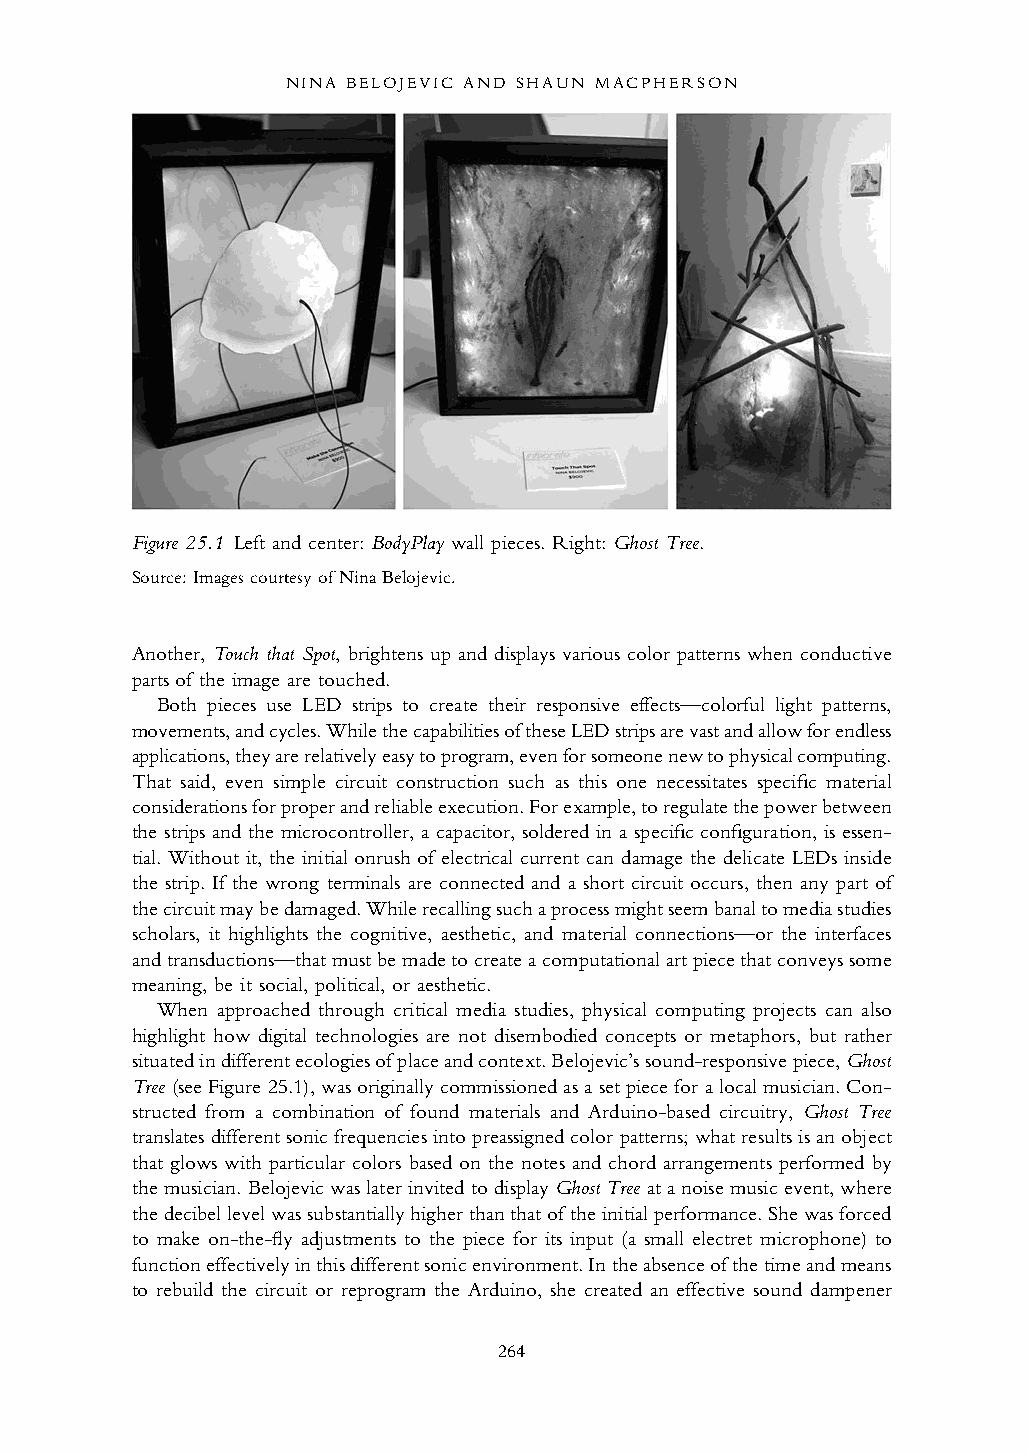
NINA BELOJEVIC AND SHAUN MACPHERSON
 Figure 25.1 Left and center: BodyPlay wall pieces. Right: Ghost Tree.
 Source: Images courtesy of Nina Belojevic.
 Another, Touch that Spot, brightens up and displays various color patterns when conductive
 parts of the image are touched.
 Both pieces use LED strips to create their responsive effects—colorful light patterns,
 movements, and cycles. While the capabilities of these LED strips are vast and allow for endless
 applications, they are relatively easy to program, even for someone new to physical computing.
 That said, even simple circuit construction such as this one necessitates specific material
 considerations for proper and reliable execution. For example, to regulate the power between
 the strips and the microcontroller, a capacitor, soldered in a specific configuration, is essen -
 tial. Without it, the initial onrush of electrical current can damage the delicate LEDs inside
 the strip. If the wrong terminals are connected and a short circuit occurs, then any part of
 the circuit may be damaged. While recalling such a process might seem banal to media studies
 scholars, it highlights the cognitive, aesthetic, and material connections—or the interfaces
 and transductions—that must be made to create a computational art piece that conveys some
 meaning, be it social, political, or aesthetic.
 When approached through critical media studies, physical computing projects can also
 highlight how digital technologies are not disembodied concepts or metaphors, but rather
 situated in different ecologies of place and context. Belojevic’s sound-responsive piece, Ghost
 Tree (see Figure 25.1), was originally commissioned as a set piece for a local musician. Con-
 structed from a combination of found materials and Arduino-based circuitry, Ghost Tree
 translates different sonic frequencies into preassigned color patterns; what results is an object
 that glows with particular colors based on the notes and chord arrangements performed by
 the musician. Belojevic was later invited to display Ghost Treeat a noise music event, where
 the decibel level was substantially higher than that of the initial performance. She was forced
 to make on-the-fly adjustments to the piece for its input (a small electret microphone) to
 function effectively in this different sonic environment. In the absence of the time and means
 to rebuild the circuit or reprogram the Arduino, she created an effective sound dampener
 264